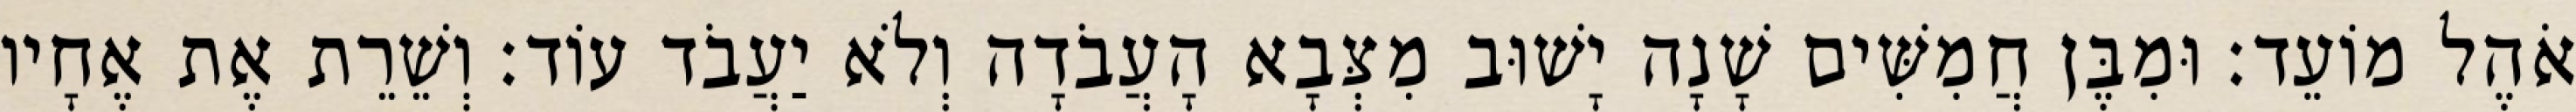
אֹהֶל מוֹעֵד׃ וּמִבֶּן חֲמִשִּׁים שָׁנָה יָשׁוּב מִצְּבָא הָעֲבֹדָה וְלֹא יַעֲבֹד עוֹד׃ וְשֵׁרֵת אֶת אֶחָיו